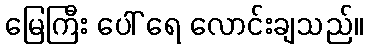
မြေကြီး ပေါ် ရေ လောင်းချသည်။